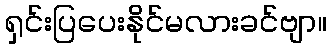
ရှင်းပြပေးနိုင်မလားခင်ဗျာ။